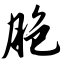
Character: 胞